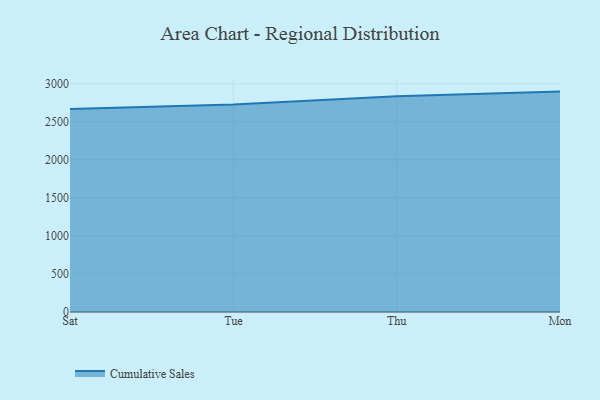
{"axis": {"x": "Day", "y": "Conversion Rate (%)"}, "legend": ["Cumulative Sales"], "data": [{"x": "Sat", "y": 2668.3, "type": "Cumulative Sales"}, {"x": "Tue", "y": 2726.6, "type": "Cumulative Sales"}, {"x": "Thu", "y": 2834.1, "type": "Cumulative Sales"}, {"x": "Mon", "y": 2896.3, "type": "Cumulative Sales"}]}